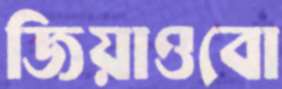
জিয়াওবো